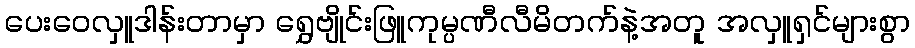
ပေးဝေလှူဒါန်းတာမှာ ရွှေဗျိုင်းဖြူကုမ္ပဏီလီမိတက်နဲ့အတူ အလှူရှင်များစွာ